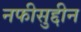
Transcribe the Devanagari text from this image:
नफीसुद्दीन